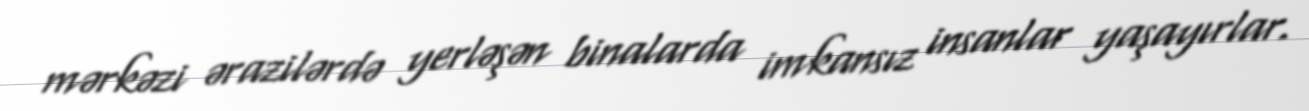
mərkəzi ərazilərdə yerləşən binalarda imkansız insanlar yaşayırlar.